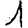
Digit: 1